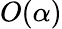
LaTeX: O(\alpha)